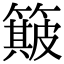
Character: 簸